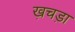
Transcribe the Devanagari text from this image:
ख़चड़ा